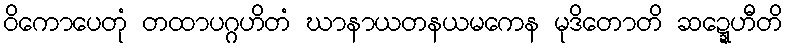
ဝိကောပေတုံ တထာပဂ္ဂဟိတံ ဃာနာယတနယမကေန မုဒိတောတိ ဆဍ္ဍေဟီတိ